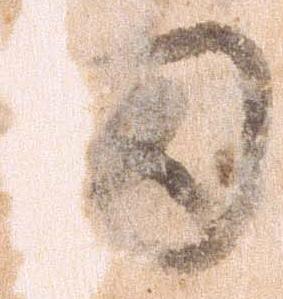
田